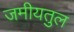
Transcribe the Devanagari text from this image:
जमीयतुल